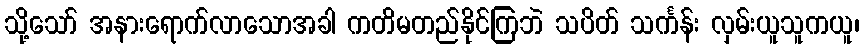
သို့သော် အနားရောက်လာသောအခါ ကတိမတည်နိုင်ကြဘဲ သပိတ် သင်္ကန်း လှမ်းယူသူကယူ၊